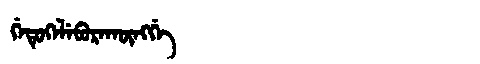
Manchu: ᡤᡝᡨᡠᡴᡝᠯᡝᠪᡠᡵᠠᡴᡡᠩᡤᡝ
Romanization: GETUKELEBURAKŪNGGE